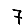
Digit: 7